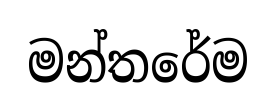
මන්තරේම